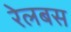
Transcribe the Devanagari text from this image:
रेलबस